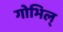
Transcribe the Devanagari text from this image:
गोभिल्